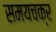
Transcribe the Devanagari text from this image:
समयचक्र